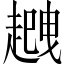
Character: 𧽈